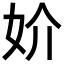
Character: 妎